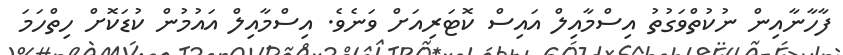
ފާހާނާއިން ނުކުތްވަގުތު އިސްމާއިލް އައިސް ކޮޓަރިއަށް ވަނެވެ. އިސްމާއިލް އައުމުން ކުޑަކޮށް ހިތްހަމަ